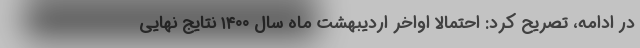
در ادامه، تصریح کرد: احتمالا اواخر اردیبهشت ماه سال ۱۴۰۰ نتایج نهایی